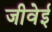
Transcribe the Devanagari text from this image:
जीवेई